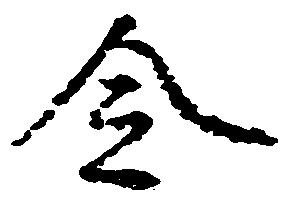
令